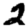
Digit: 2